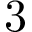
\phantom { - } 3